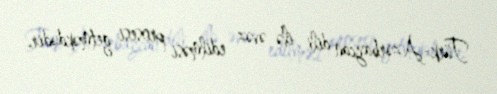
Türk-Azərbaycan dili ilə əvəz edilməsi prosesi getməkdədir.